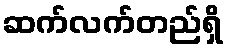
ဆက်လက်တည်ရှိ